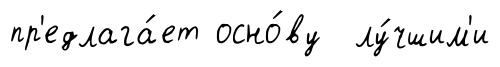
пр'едлага́ет осно́ву лу́чшим'и